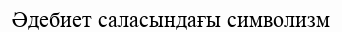
Әдебиет саласындағы символизм